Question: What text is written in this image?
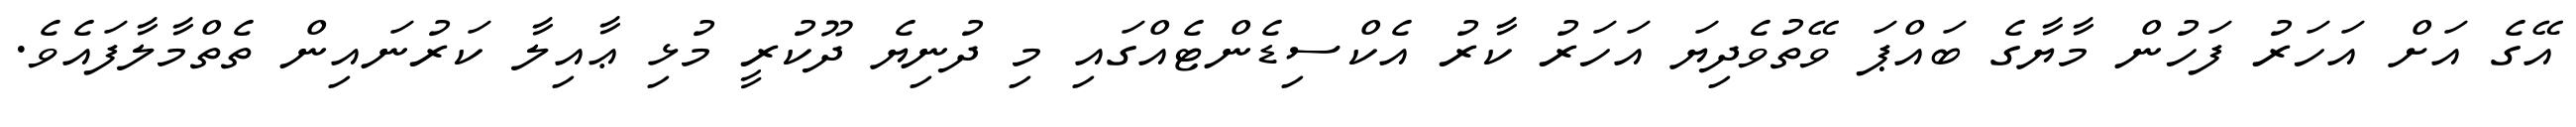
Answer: އޭގެ އަށް އަހަރު ފަހުން މާޔާގެ ބައްޕަ ވޭތުވެދިޔަ އަހަރު ކާރު އެކްސިޑެންޓެއްގައި މި ދުނިޔެ ދޫކުރީ މުޅި ޢާއިލާ ކަރުނައިން ތެތްމާލާފައެވެ.